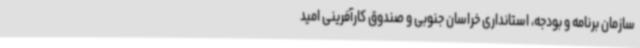
سازمان برنامه و بودجه، استانداری خراسان جنوبی و صندوق کارآفرینی امید